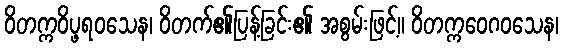
ဝိတက္ကဝိပ္ဖရဝသေန၊ ဝိတက်၏ပြန့်ခြင်း၏ အစွမ်းဖြင့်။ ဝိတက္ကဝေဂဝသေန၊